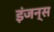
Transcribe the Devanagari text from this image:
इंजन्स